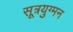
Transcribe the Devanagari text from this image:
सूत्रयुग्मन